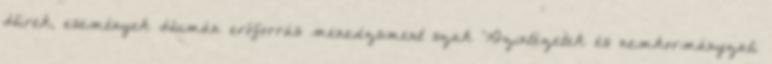
Hírek, események Humán erőforrás menedzsment szak Közintézetek és nemkormányzati